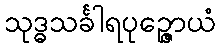
သုဒ္ဓသင်္ခါရပုဉ္ဇောယံ